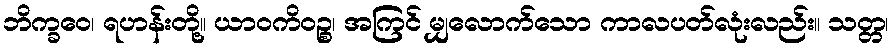
ဘိက္ခဝေ၊ ရဟန်းတို့။ ယာဝကိဝဉ္စ၊ အကြင် မျှလောက်သော ကာလပတ်လုံးလည်း။ သတ္တ၊